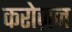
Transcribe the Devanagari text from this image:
करोज़न